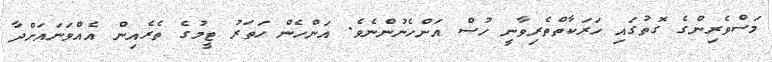
މަސްވެރިންގެ ގޮތުގައި ހަރަކާތްތެރިވާނީ ހުސް އަންހެނުންނެވެ. އަންހެން ހަތަރު ޓީމުގެ ތެރެއިން އެއްވަނައަށްދާ